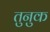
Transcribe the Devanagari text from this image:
तुनुक